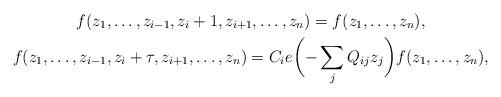
LaTeX: \begin{gather*} f(z_1,\dots,z_{i-1},z_i+1,z_{i+1},\dots,z_n)= f(z_1,\dots,z_n), \\ f(z_1,\dots,z_{i-1},z_i+\tau,z_{i+1},\dots,z_n) = C_i e \bigg({-}\sum_j Q_{ij}z_j\bigg) f(z_1,\dots,z_n),\end{gather*}